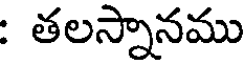
: తలస్నానము